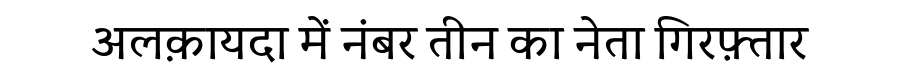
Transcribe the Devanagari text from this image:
अलक़ायदा में नंबर तीन का नेता गिरफ़्तार